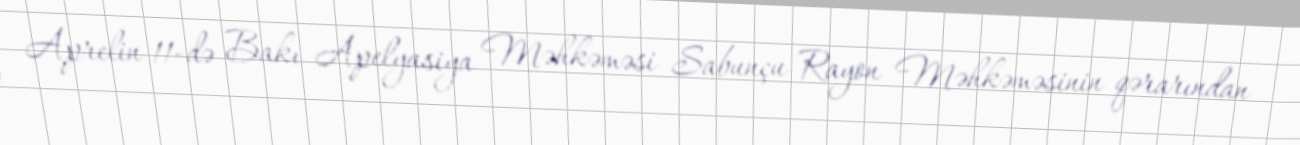
Aprelin 11-də Bakı Apelyasiya Məhkəməsi Sabunçu Rayon Məhkəməsinin qərarından